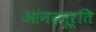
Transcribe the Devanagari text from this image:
आंनदमूर्ति